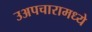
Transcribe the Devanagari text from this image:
उअपचारामध्ये